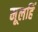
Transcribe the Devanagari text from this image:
मूलहिं